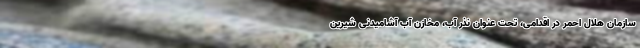
سازمان هلال احمر در اقدامی، تحت عنوان نذر آب، مخازن آب آشامیدنی شیرین